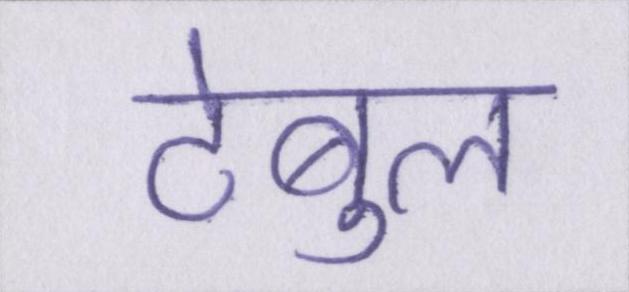
टेबुल